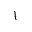
\mathcal { A }